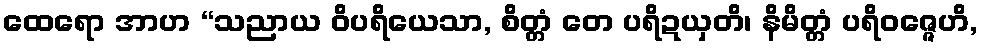
ထေရော အာဟ “သညာယ ဝိပရိယေသာ, စိတ္တံ တေ ပရိဍယှတိ၊ နိမိတ္တံ ပရိဝဇ္ဇေဟိ,